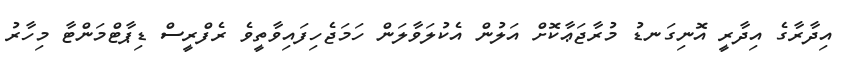
އިދާރާގެ އިދާރީ އޮނިގަނޑު މުރާޖަޢާކޮށް އަލުން އެކުލަވާލަން ހަމަޖެހިފައިވާތީވެ ރެފްރީސް ޑިޕާޓްމަންޓާ މިހާރު